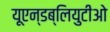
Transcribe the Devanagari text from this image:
यूएन्डब्लियुटीओ